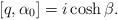
LaTeX: \begin{align*} [q, \alpha _0] = i\cosh \beta .\end{align*}